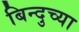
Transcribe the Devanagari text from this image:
बिन्दुच्या